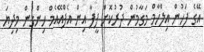
އޭގެ ފަހުން އިލްހާމް މަގާމުން ދުރުކޮށް ފީފާ އިން އެފްއޭއެމް ހިންގުން މިދިޔަ